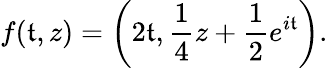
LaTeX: f(\mathfrak{t},z)=\left(2\mathfrak{t},{\frac{{1}}{{4}}}z+{\frac{{1}}{{2}}}e^{i\mathfrak{t}}\right).